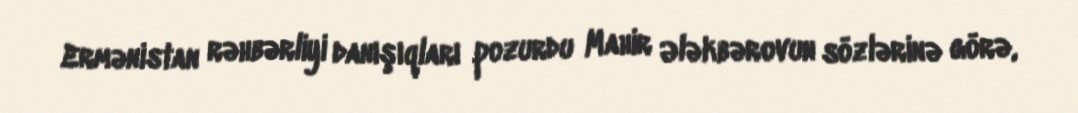
Ermənistan rəhbərliyi danışıqları pozurdu Mahir Ələkbərovun sözlərinə görə,